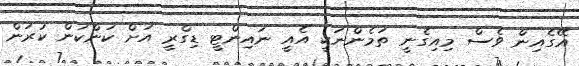
އޭގެއިން ވެސް މިއިގެނީ ތަމެންނަކީ އެއީ ނައިންޓީ ޑިގްރީ އަށް ކަންކަން ކުރަން